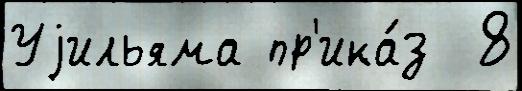
Уjильяма пр'ика́з  8